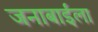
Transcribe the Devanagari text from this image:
जनाबाईंला